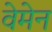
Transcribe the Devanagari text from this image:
वेमेन